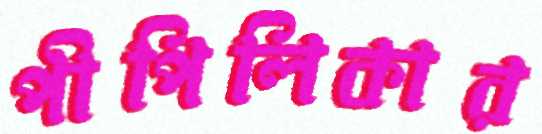
পীপিলিকার